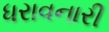
ધરાવનારી